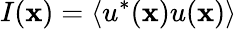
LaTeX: I(\textbf{x})=\langle u^{*}(\textbf{x})u(\textbf{x})\rangle